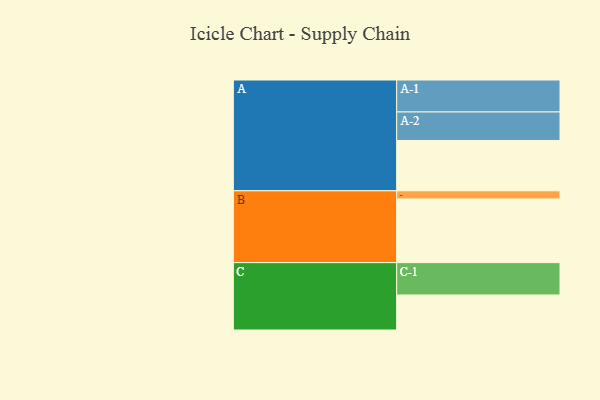
{"axis": {"x": "Segment", "y": "Value"}, "legend": ["", "A", "B", "C"], "data": [{"x": "A", "y": 438, "type": ""}, {"x": "B", "y": 554, "type": ""}, {"x": "C", "y": 305, "type": ""}, {"x": "A-1", "y": 278, "type": "A"}, {"x": "A-2", "y": 248, "type": "A"}, {"x": "B-1", "y": 71, "type": "B"}, {"x": "C-1", "y": 281, "type": "C"}]}